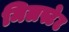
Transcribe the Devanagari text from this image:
मिलस्टेट